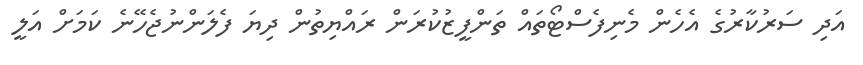
އަދި ސަރުކާރުގެ އެހެން މެނިފެސްޓޯތައް ތަންފީޒުކުރަން ރައްޔިތުން ދިޔަ ފެލަންނުޖެހޭނެ ކަމަށް އަލީ